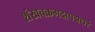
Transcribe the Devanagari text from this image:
शंखचक्रगदापद्मधरं